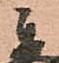
秀